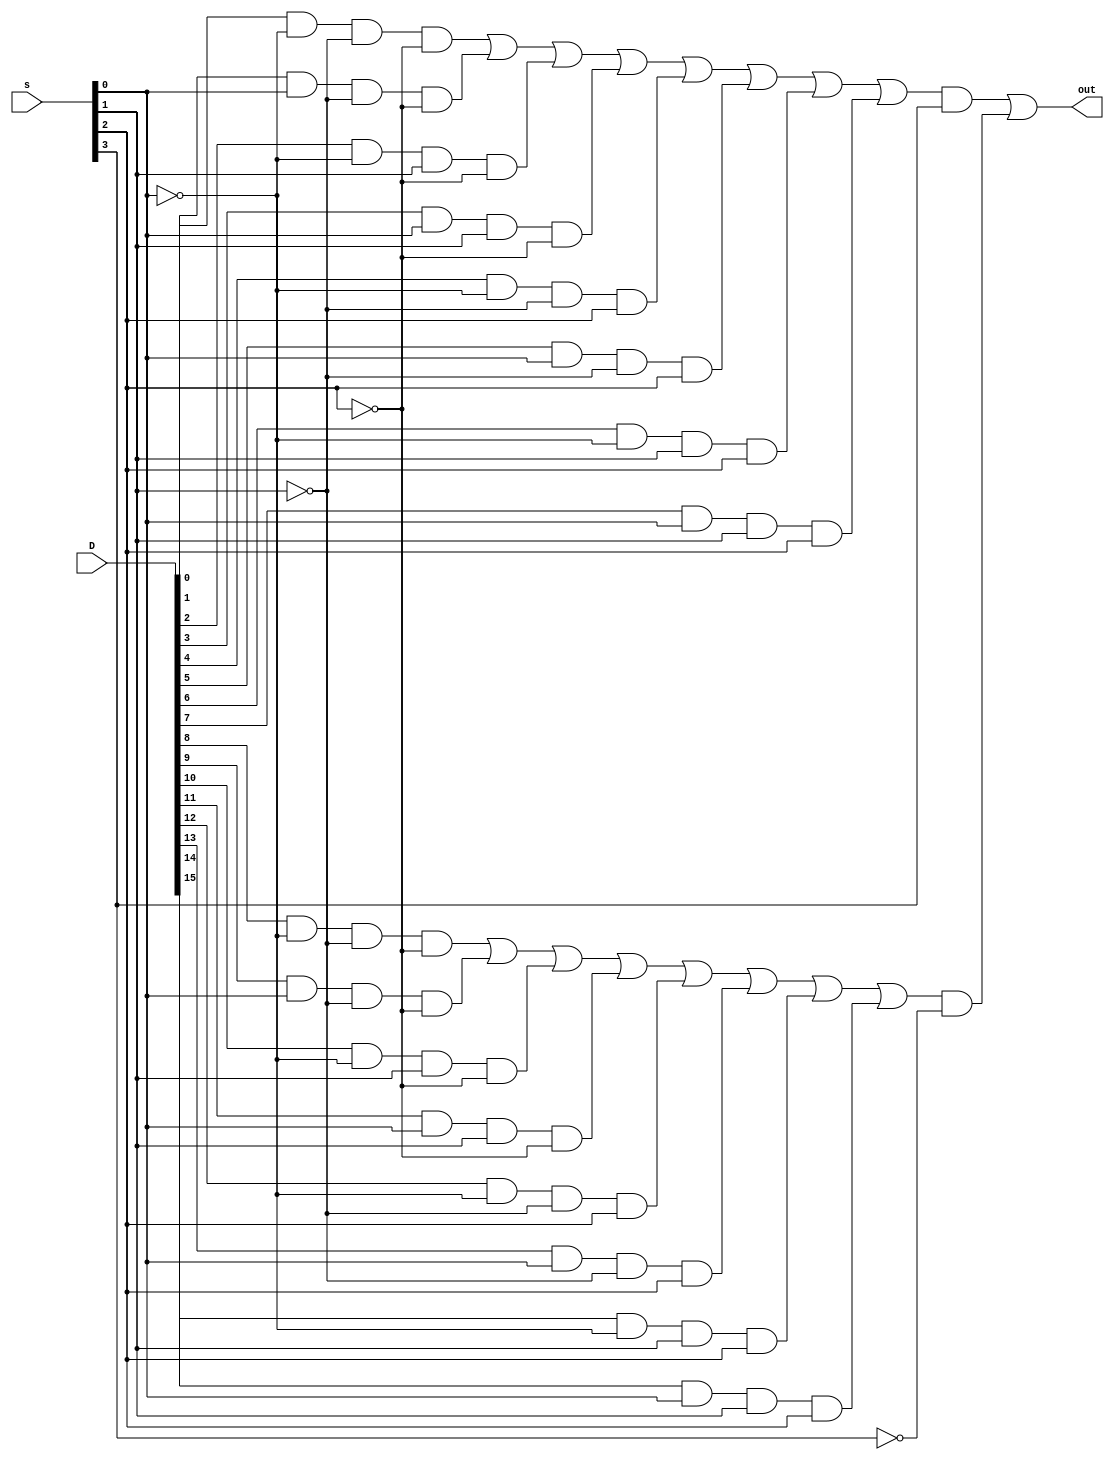
module mux_16 (D,s,out);
input [15:0] D;
input [3:0]s;
output out;

wire n1,n2,n3,a,b,c,d,e,f,g,h;
wire yy1,yy2,all;
wire y1,y2;

not not1(n1,s[0]);
not not2(n2,s[1]);
not not3(n3,s[2]);

and and1 (a,D[0],n1,n2,n3);
and and2 (b,D[1],s[0],n2,n3);
and and3 (c,D[2],n1,s[1],n3);
and and4 (d,D[3],s[0],s[1],n3);
and and5 (e,D[4],n1,n2,s[2]);
and and6 (f,D[5],s[0],n2,s[2]);
and and7 (g,D[6],n1,s[1],s[2]);
and and8 (h,D[7],s[0],s[1],s[2]);

or or1 (y1,a,b,c,d,e,f,g,h);

not not4 (n1,s[0]);
not not5 (n2,s[1]);
not not6 (n3,s[2]);

and and9 (i,D[8],n1,n2,n3);
and and10 (j,D[9],s[0],n2,n3);
and and11 (k,D[10],n1,s[1],n3);
and and12 (l,D[11],s[0],s[1],n3);
and and13 (m,D[12],n1,n2,s[2]);
and and14 (n,D[13],s[0],n2,s[2]);
and and15 (o,D[14],n1,s[1],s[2]);
and and16 (p,D[15],s[0],s[1],s[2]);

or or2 (y2,i,j,k,l,m,n,o,p);

and A1 (yy1,y1,s[3]);
not not22 (all,s[3]);
and A2 (yy2,y2,all);

or OR1(out,yy1,yy2);

endmodule